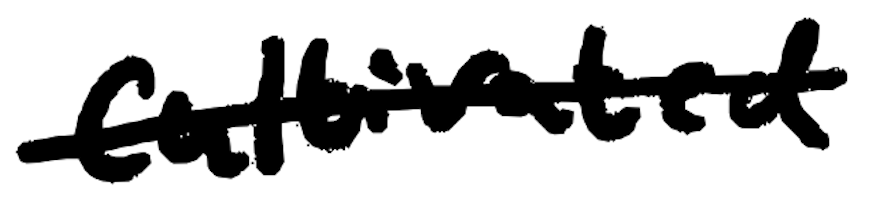
Text: cultivated
Cross-out: single-line
Writing tool: digital_black